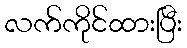
လက်ကိုင်ထားပြီး